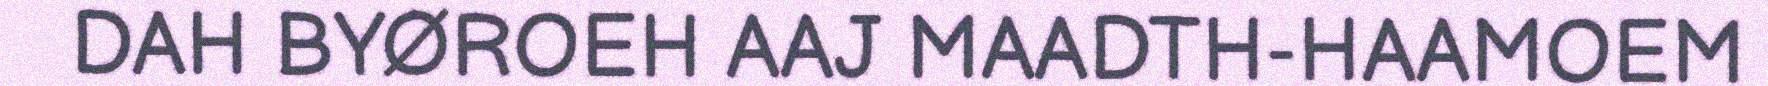
DAH BYØROEH AAJ MAADTH-HAAMOEM